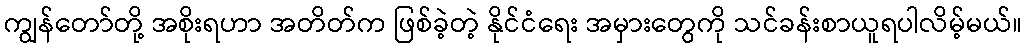
ကျွန်တော်တို့ အစိုးရဟာ အတိတ်က ဖြစ်ခဲ့တဲ့ နိုင်ငံရေး အမှားတွေကို သင်ခန်းစာယူရပါလိမ့်မယ်။